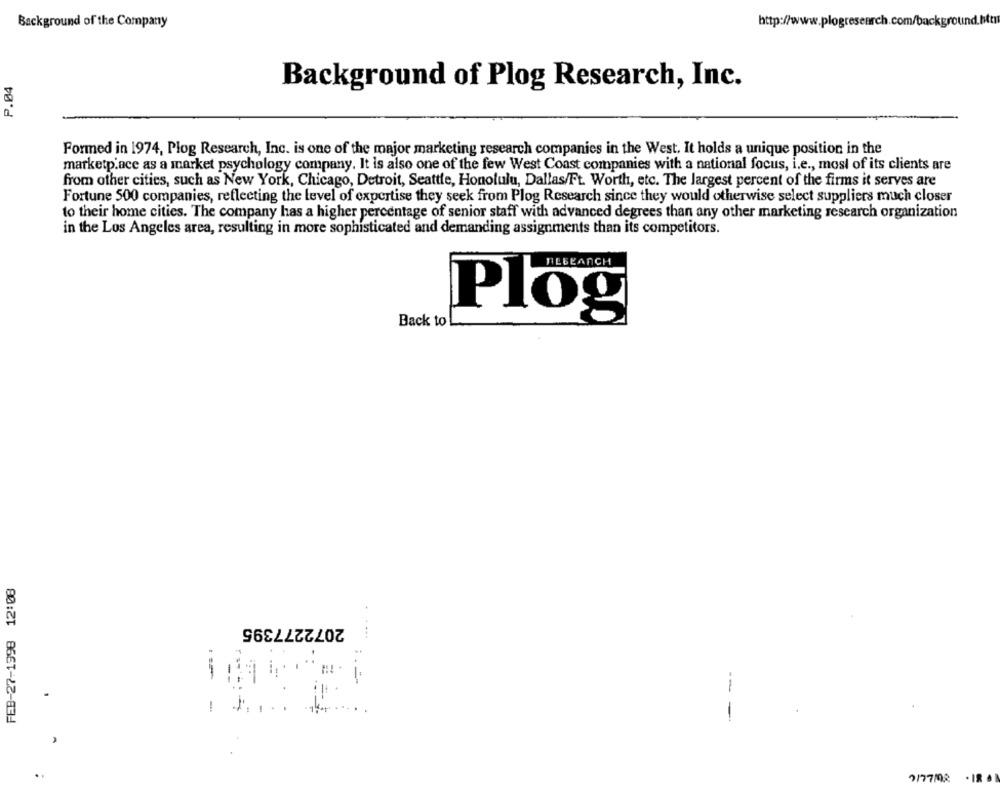
Background of the Company
http://www.plogresearch.com/background.htm
P.04
Background of Plog Research, Inc.
Formed in 1974, Plog Research, Inc. is one of the major marketing research companies in the West. It holds a unique position in the
marketplace as a market psychology company. It is also one of the few West Coast companies with a national focus, i.e ., most of its clients are
from other cities, such as New York, Chicago, Detroit, Seattle, Honolulu, Dallas/Ft. Worth, etc. The largest percent of the firms it serves are
Fortune 500 companies, reflecting the level of expertise they seek from Plog Research since they would otherwise select suppliers much closer
to their home cities. The company has a higher percentage of senior staff with advanced degrees than any other marketing research organization
in the Los Angeles area, resulting in more sophisticated and demanding assignments than its competitors.
Back to
Plog
FEB-27-1998 12:08
2072277395
:.=
--
-
-
7/77/02 . 18 .